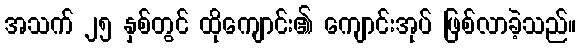
အသက် ၂၅ နှစ်တွင် ထိုကျောင်း၏ ကျောင်းအုပ် ဖြစ်လာခဲ့သည်။